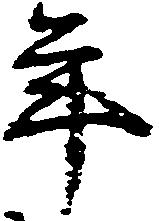
年